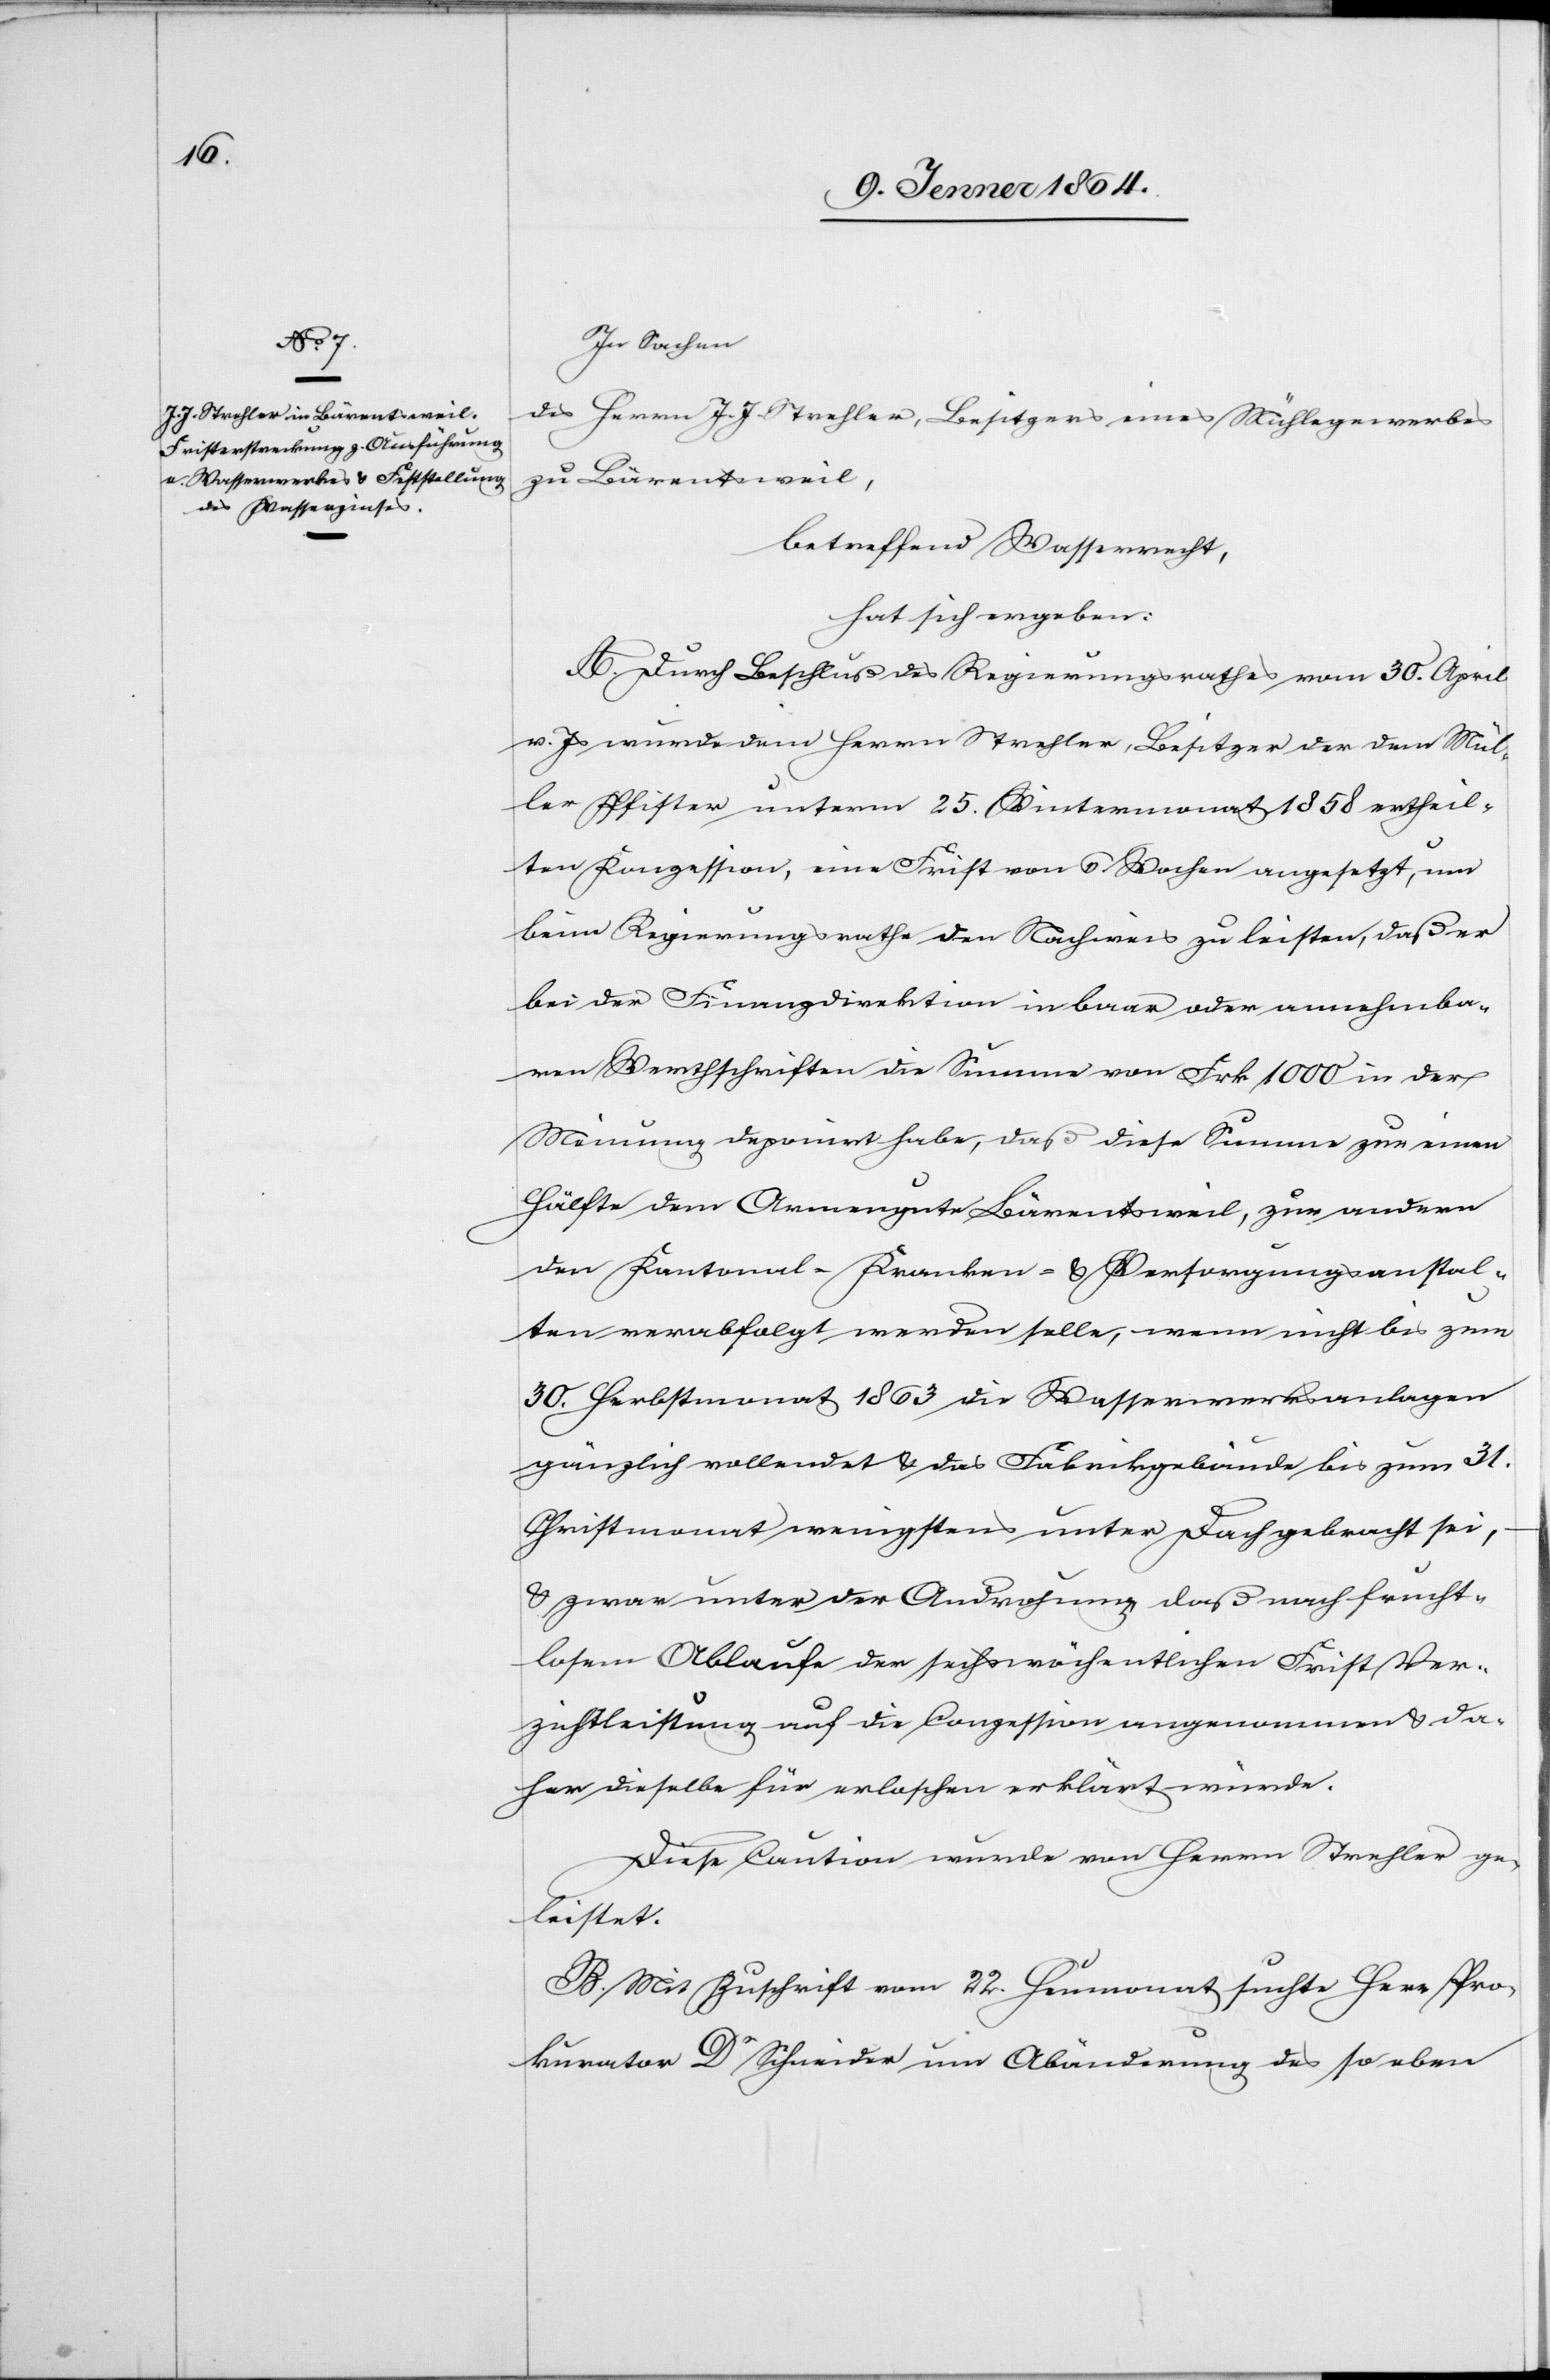
In Sachen
des Herrn J. J. Strehler, Besitzers eines Mühlegewerbes
zu Bärentsweil,
betreffend Wasserrecht,
hat sich ergeben:
A. Durch Beschluß des Regierungsrathes vom 30. April
v. Js wurde dem Herrn Strehler, Besitzer der dem Mül¬
ler Pfister unterm 25. Wintermonat 1858 ertheil¬
ten Konzession, eine Frist von 6 Wochen angesetzt, um
beim Regierungsrathe den Nachweis zu leisten, daß er
bei der Finanzdirektion in baar oder annehmba¬
ren Werthschriften die Summe von Frk 1000 in der
Meinung deponiert habe, daß diese Summe zur einen
Hälfte dem Armengute Bäretsweil, zur andern
den Kantonal-Kranken- u. Versorgungsanstal¬
ten verabfolgt werden solle, wenn nicht bis zum
30. Herbstmonat 1863 die Wasserwerksanlagen
gänzlich vollendet u. das Fabrikgebäude bis zum 31.
Christmonat wenigstens unter Dach gebracht sei,
u. zwar unter der Androhung, daß nach frucht¬
losem Ablaufe der sechswöchentlichen Frist Ver¬
zichtleistung auf die Conzession angenommen u. da¬
her dieselbe für erloschen erklärt würde.
Diese Caution wurde von Herrn Strehler ge¬
leistet.
B. Mit Zuschrift vom 22. Heumonat suchte Herr Pro¬
kurator Dr Schneider um Abänderung des so eben